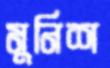
মুনিশ